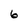
Character: 6